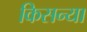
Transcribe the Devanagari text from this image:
किसन्या